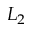
L _ { 2 }